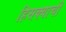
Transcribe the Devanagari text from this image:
हिसक्याची